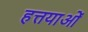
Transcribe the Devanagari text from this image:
हत्तयाओं